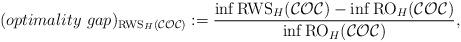
LaTeX: \begin{align*}(optimality\ gap)_{\textrm{RWS}_H(\mathcal{COC})} :=\frac{\inf \textrm{RWS}_H(\mathcal{COC}) - \inf \textrm{RO}_H(\mathcal{COC})}{\inf \textrm{RO}_H(\mathcal{COC})},\end{align*}